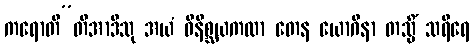
ကရောတီ”တိအာဒီသု အယံ ဝိနိစ္ဆယကထာ တေန ယောဂိနာ တသ္မိံ သရီရေ